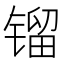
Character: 镏